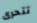
تتحرى